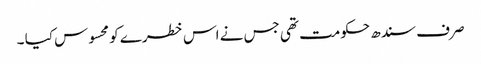
صر ف سندھ حکومت تھی جس نے اس خطرے کو محسوس کیا ۔